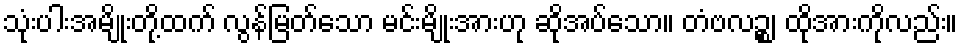
သုံးပါးအမျိုးတို့ထက် လွန်မြတ်သော မင်းမျိုးအားဟု ဆိုအပ်သော။ တံဗလဉ္စ၊ ထိုအားကိုလည်း။